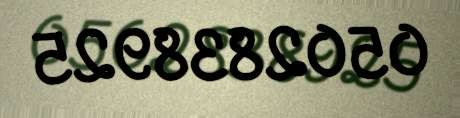
0502838925